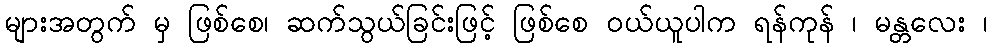
များအတွက် မှ ဖြစ်စေ၊ ဆက်သွယ်ခြင်းဖြင့် ဖြစ်စေ ဝယ်ယူပါက ရန်ကုန် ၊ မန္တလေး ၊